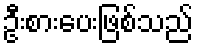
ဦးစားပေးဖြစ်သည်